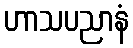
ဟာသပညာနံ